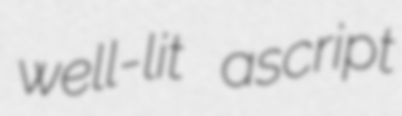
well-lit ascript